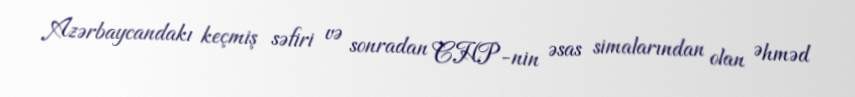
Azərbaycandakı keçmiş səfiri və sonradan CHP-nin əsas simalarından olan Əhməd